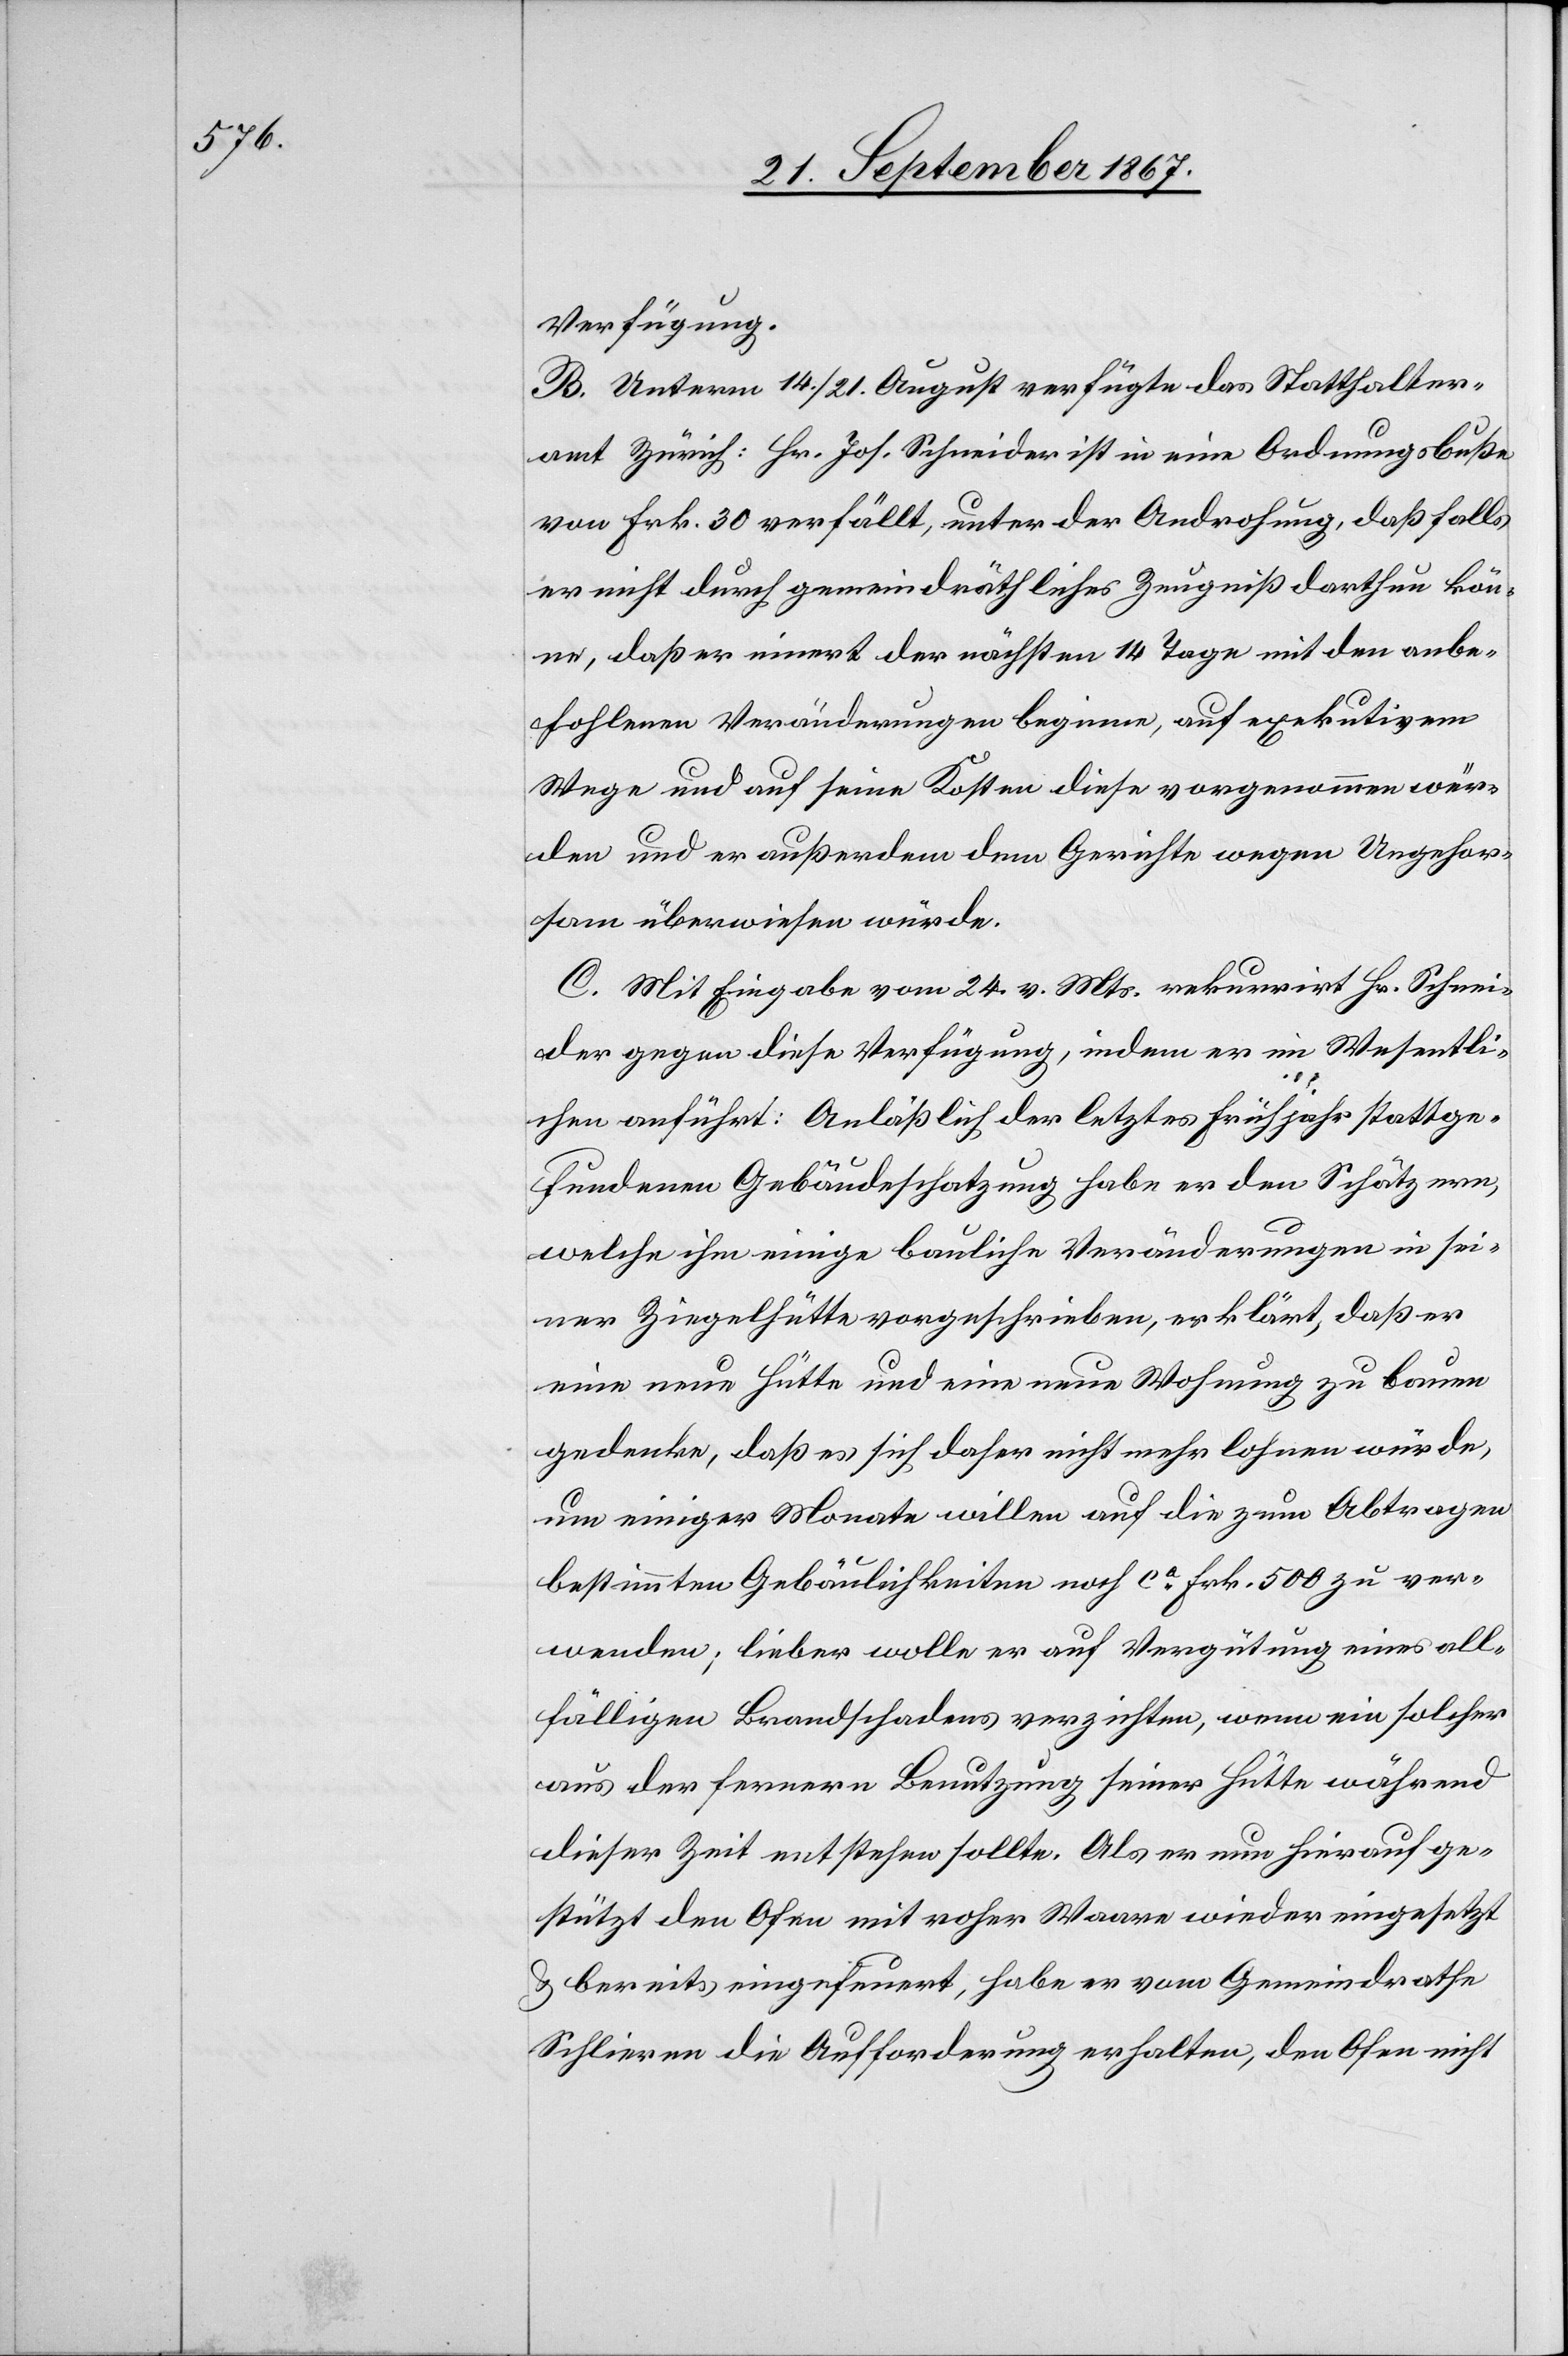
Verfügung.
B. Unterm 14./21. August verfügte das Statthalter¬
amt Zürich: Hr. Jos. Schneider ist in eine Ordnungsbuße
von Frk. 30 verfällt, unter der Androhung, daß falls
er nicht durch gemeindräthliches Zeugniß darthun kön¬
ne, daß er innert der nächsten 14 Tage mit den anbe¬
fohlenen Veränderungen beginne, auf exekutivem
Wege und auf seine Kosten diese vorgenommen wür¬
den und er außerdem dem Gerichte wegen Ungehor¬
sams überwiesen würde.
C. Mit Eingabe vom 24. v. Mts. rekurrirt Hr. Schnei¬
der gegen diese Verfügung, indem er im Wesentli¬
chen anführt: Anläßlich der letztes Frühjahr stattge¬
fundenen Gebäudeschatzung habe er den Schätzern,
welche ihm einige bauliche Veränderungen in sei¬
ner Ziegelhütte vorgeschrieben, erklärt, daß er
eine neue Hütte und eine neue Wohnung zu bauen
gedenke, daß es sich daher nicht mehr lohnen würde,
um einiger Monate willen auf die zum Abtragen
bestimmten Gebäulichkeiten noch ca. Frk. 500 zu ver¬
wenden; lieber wolle er auf Vergütung eines all¬
fälligen Brandschadens verzichten, wenn ein solcher
aus der fernern Benutzung seiner Hütte während
dieser Zeit entstehen sollte. Als er nun hierauf ge¬
stützt den Ofen mit roher Waare wieder eingesetzt
u. bereits eingefeuert, habe er vom Gemeindrathe
Schlieren die Aufforderung erhalten, den Ofen nicht